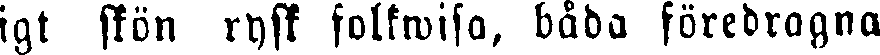
igt skön rysk folkwisa, båda föredragna